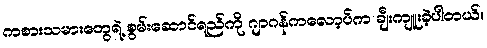
ကစားသမားတွေရဲ့ စွမ်းဆောင်ရည်ကို ဂျာဂန်ကလော့ပ်က ချီးကျူးခဲ့ပါတယ်။